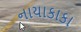
નાયાકાકા